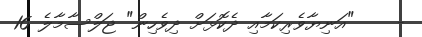
-    "އަނިޔާވެރިކަމާއި ދެކޮޅަށް ދިވެހިން" ޖަލްސާމާލެ 16